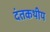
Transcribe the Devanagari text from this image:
दंतकथीय